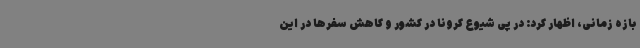
بازه زمانی، اظهار کرد: در پی شیوع کرونا در کشور و کاهش سفرها در این